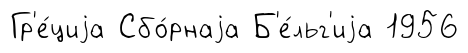
Гр'е́циjа Сбо́рнаjа Б'е́льг'иjа 1956